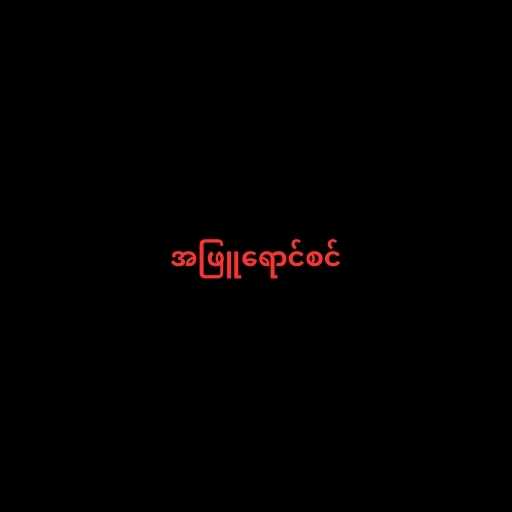
အဖြူရောင်စင်